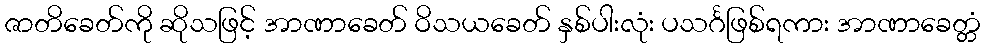
ဇာတိခေတ်ကို ဆိုသဖြင့် အာဏာခေတ် ဝိသယခေတ် နှစ်ပါးလုံး ပသင်္ဂဖြစ်ရကား အာဏာခေတ္တံ